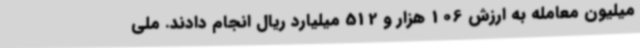
میلیون معامله به ارزش 106 هزار و 512 میلیارد ریال انجام دادند. ملی